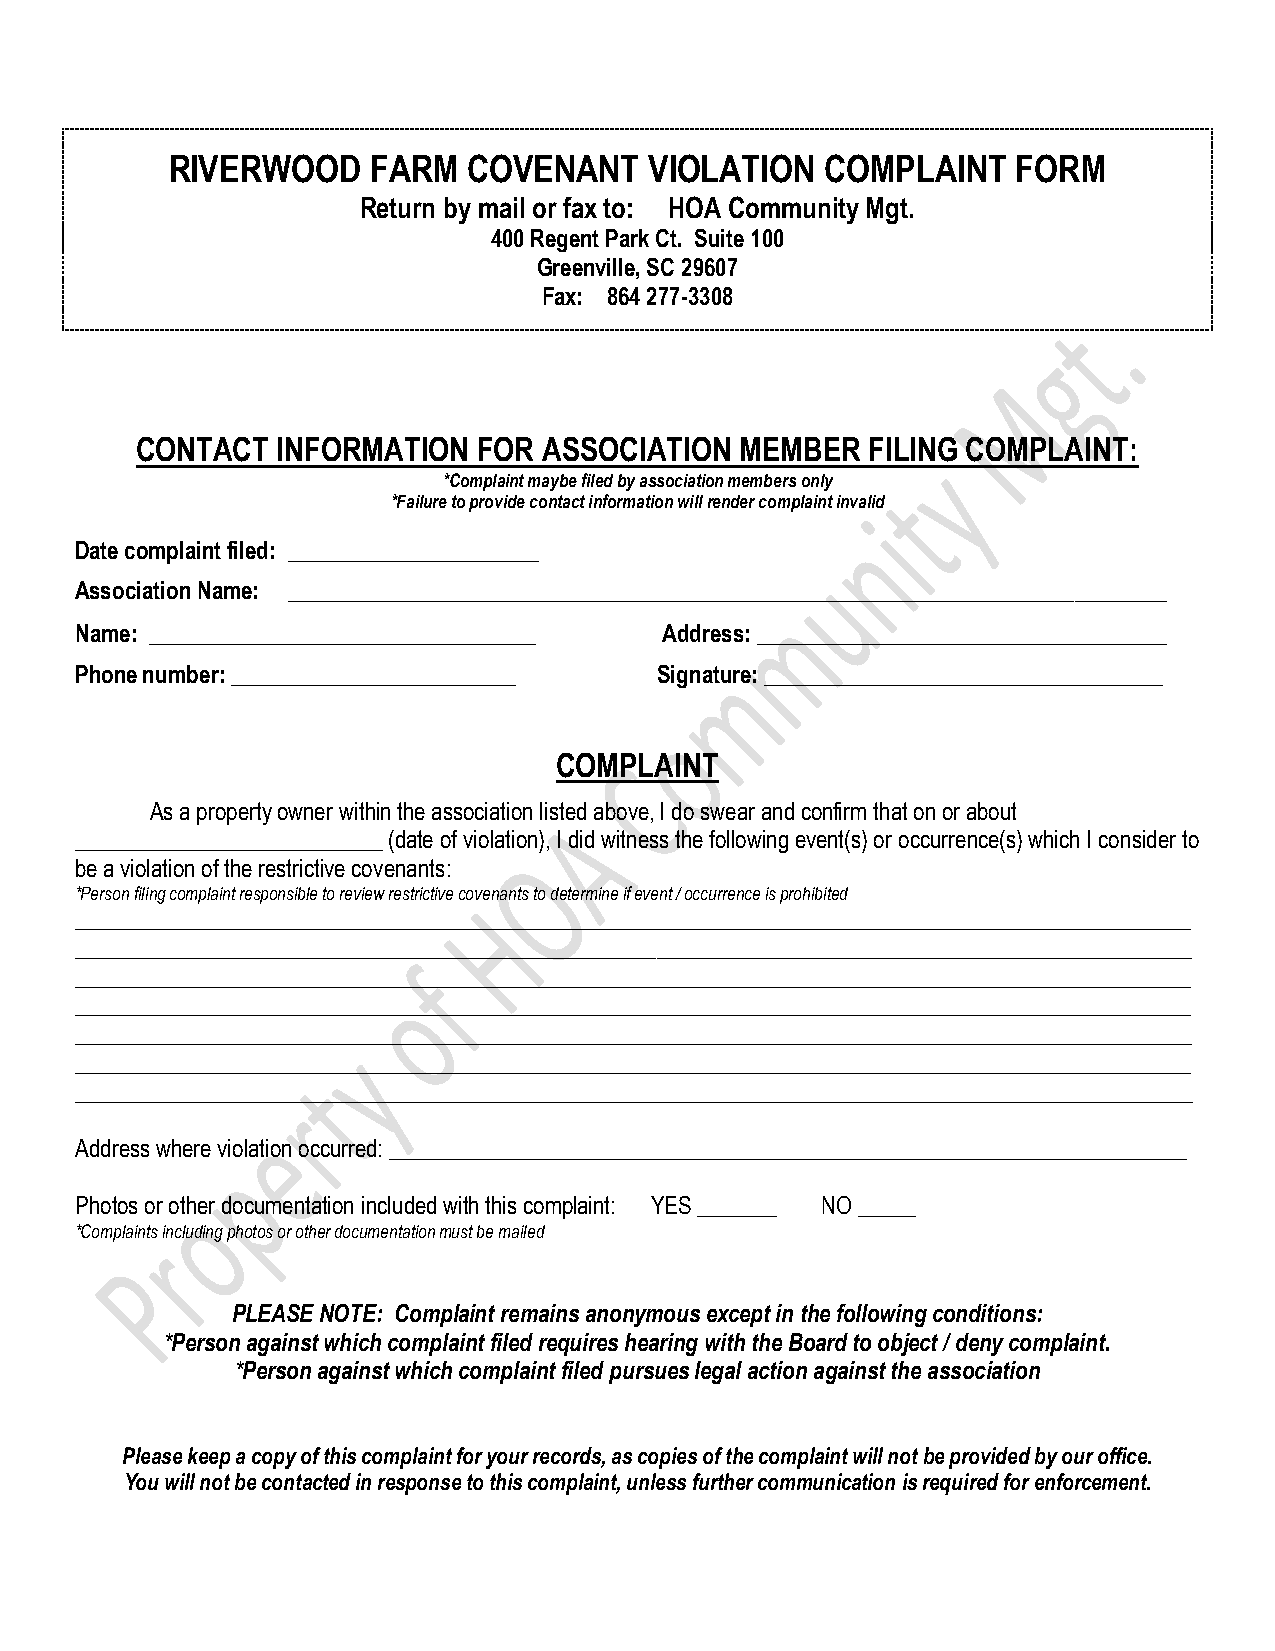
RIVERWOOD     FARM  COVENANT    VIOLATION   COMPLAINT   FORM
 Return by mail or fax to: HOA Community Mgt.
 400 Regent Park Ct. Suite 100
 Greenville, SC 29607
 Fax: 864 277-3308
 CONTACT  INFORMATION   FOR ASSOCIATION  MEMBER   FILING COMPLAINT:
 *Complaint maybe filed by association members only
 *Failure to provide contact information will render complaint invalid
 Date complaint filed: ______________________
 Association Name: _____________________________________________________________________________
 Name: __________________________________ Address: ____________________________________
 Phone number: _________________________ Signature: ___________________________________
 COMPLAINT
 As a property owner within the association listed above, I do swear and confirm that on or about
 ___________________________ (date of violation), I did witness the following event(s) or occurrence(s) which I consider to
 be a violation of the restrictive covenants:
 *Person filing complaint responsible to review restrictive covenants to determine if event / occurrence is prohibited
 __________________________________________________________________________________________________
 __________________________________________________________________________________________________
 __________________________________________________________________________________________________
 __________________________________________________________________________________________________
 __________________________________________________________________________________________________
 __________________________________________________________________________________________________
 __________________________________________________________________________________________________
 Address where violation occurred: ______________________________________________________________________
 Photos or other documentation included with this complaint: YES _______ NO _____
 *Complaints including photos or other documentation must be mailed
 PLEASE NOTE: Complaint remains anonymous except in the following conditions:
 *Person against which complaint filed requires hearing with the Board to object / deny complaint.
 *Person against which complaint filed pursues legal action against the association
 Please keep a copy of this complaint for your records, as copies of the complaint will not be provided by our office.
 You will not be contacted in response to this complaint, unless further communication is required for enforcement.